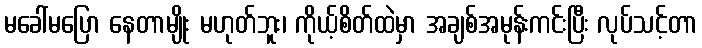
မခေါ်မပြော နေတာမျိုး မဟုတ်ဘူး၊ ကိုယ့်စိတ်ထဲမှာ အချစ်အမုန်းကင်းပြီး လုပ်သင့်တာ